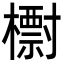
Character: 㯹